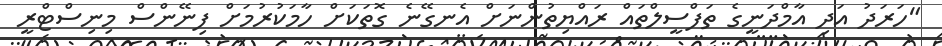
"ހަރަދު އަދި އާމްދަނީގެ ތަފްސީލްތައް ރައްޔިތުންނަށް އެނގޭނެ ގޮތަކަށް ހާމަކުރުމަށް ފިނޭންސް މިނިސްޓްރީ